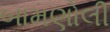
બામણોલી